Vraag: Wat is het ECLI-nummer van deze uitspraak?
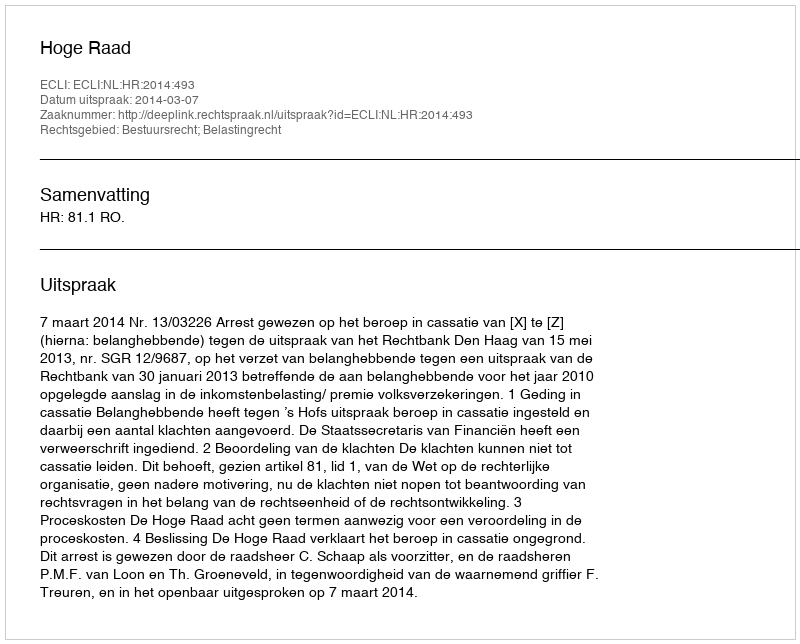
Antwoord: ECLI:NL:HR:2014:493